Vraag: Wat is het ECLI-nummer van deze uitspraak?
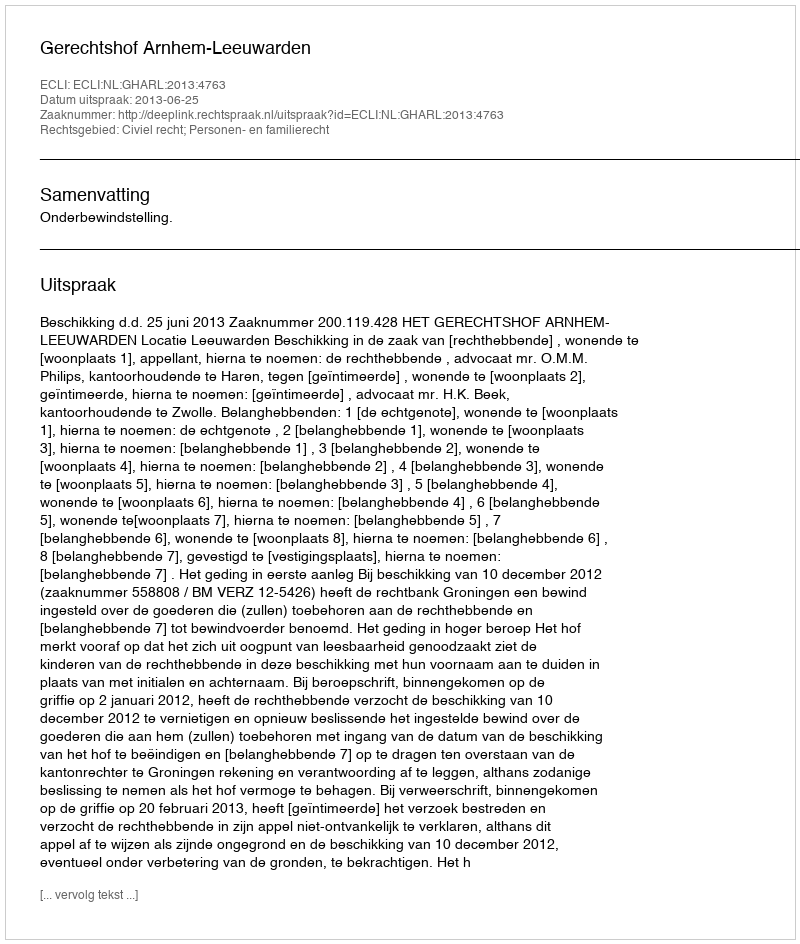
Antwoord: ECLI:NL:GHARL:2013:4763